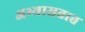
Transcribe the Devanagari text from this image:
अभ्यासतात